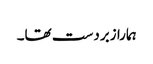
ہمارا زبردست تھا۔